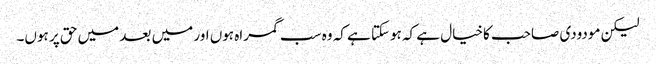
لیکن مودودی صاحب کاخیال ہے کہ ہوسکتا ہے کہ وہ سب گمراہ ہوں اور میں بعد میں حق پر ہوں۔